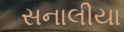
સનાલીયા